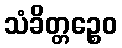
သံခိတ္တဉ္စေဝ